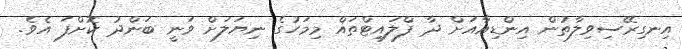
އިނގިރޭސިވިލާތުން އިންޑިއާއަށް ދާ ފްލައިޓްތައް މިމަހުގެ ނިޔަލަށް ވަނީ ބަންދު ކޮށްފަ އެވެ.